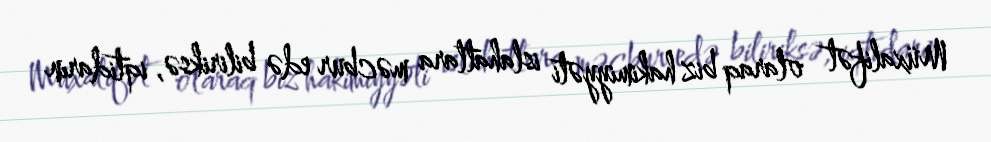
Müxalifət olaraq biz hakimiyyəti islahatlara məcbur edə biliriksə, iqtidarın